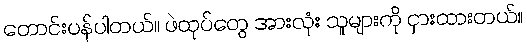
တောင်းပန်ပါတယ်။ ဖဲထုပ်တွေ အားလုံး သူများကို ငှားထားတယ်။